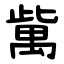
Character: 歶